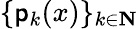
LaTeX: \{ \mathsf{p}_{k}(x)\} _{k\in\mathbf{{N}}}